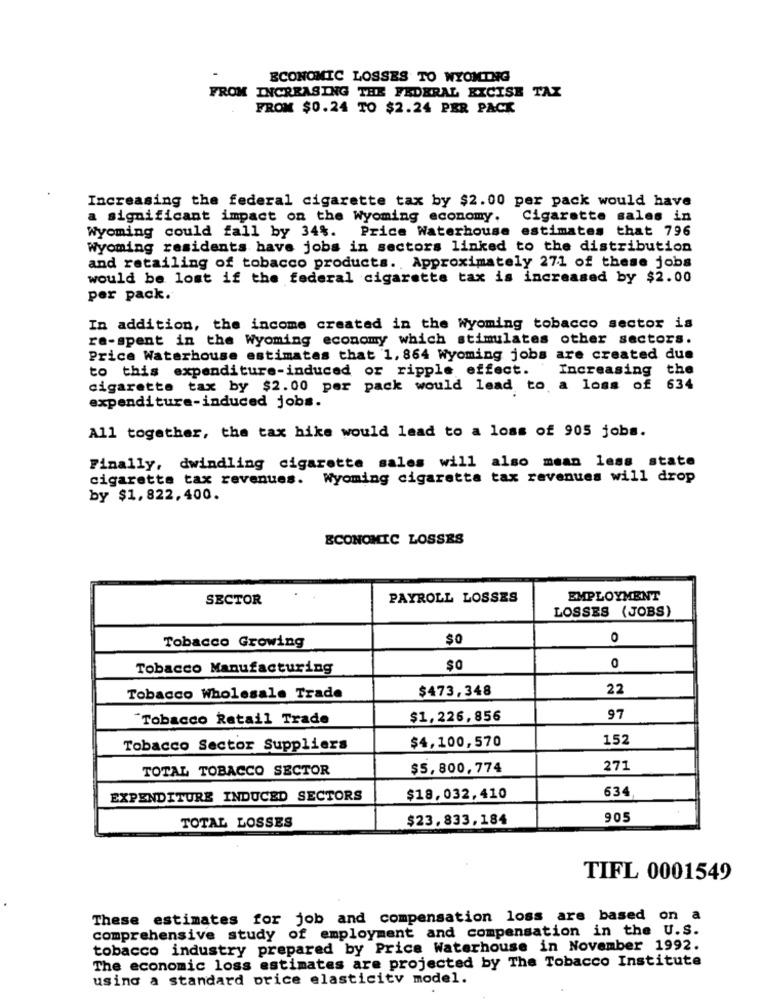
ECONOMIC LOSSES TO WYOMING
FROM INCREASING THE FEDERAL EXCISE TAX
FROM $0.24 TO $2.24 PER PACK
Increasing the federal cigarette tax by $2.00 per pack would have
a significant impact on the Wyoming economy. Cigarette sales in
Wyoming could fall by 34%. Price Waterhouse estimates that 796
Wyoming residents have jobs in sectors linked to the distribution
and retailing of tobacco products. Approximately 271 of these jobs
would be lost if the federal cigarette tax is increased by $2.00
per pack.
In addition, the income created in the Wyoming tobacco sector is
re-spent in the Wyoming economy which stimulates other sectors.
Price Waterhouse estimates that 1, 864 Wyoming jobs are created due
to this expenditure-induced or ripple effect. Increasing the
cigarette tax by $2.00 per pack would lead to a loss of 634
expenditure-induced jobs.
All together, the tax hike would lead to a loss of 905 jobs.
Finally, dwindling cigarette sales will also mean less state
cigarette tax revenues. Wyoming cigaretta tax revenues will drop
by $1, 822, 400.
ECONOMIC LOSSES
SECTOR
PAYROLL LOSSES
EMPLOYMENT
LOSSES (JOBS)
$0
0
Tobacco Growing
Tobacco Manufacturing
0
$473,348
22
Tobacco Wholesale Trade
"Tobacco Retail Trade
$1,226,856
97
$4,100,570
152
Tobacco Sector Suppliers
TOTAL TOBACCO SECTOR
$5,800,774
271
634
EXPENDITURE INDUCED SECTORS
$18,032,410
TOTAL LOSSES
$23,833,184
905
TIFL 0001549
These estimates for job and compensation loss are based on a
comprehensive study of employment and compensation in the U.S.
tobacco industry prepared by Price Waterhouse in November 1992.
The economic loss estimates are projected by The Tobacco Institute
using a standard price elasticity model.